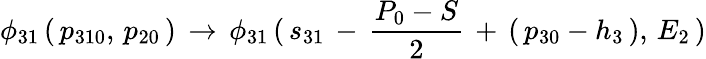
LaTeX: \phi_{31}\, (\, p_{310},\, p_{20}\, )\, \to\, \phi_{31}\, (\, s_{31}\, -\, {\frac{P_{0}-S}{2}}\, +\, (\, p_{30}-h_{3}\, ),\, E_{2}\, )